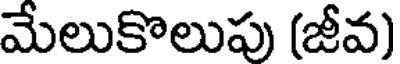
మేలుకొలుపు (జీవ)